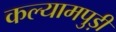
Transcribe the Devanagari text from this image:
कल्यामपुड़ी